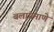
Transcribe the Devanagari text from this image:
बलांप्रमाणे